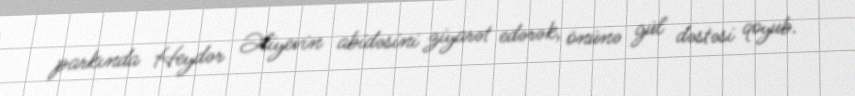
parkında Heydər Əliyevin abidəsini ziyarət edərək, önünə gül dəstəsi qoyub.